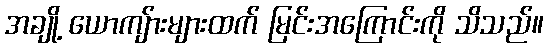
အချို့ ယောကျ်ားများထက် မြင်းအကြောင်းကို သိသည်။